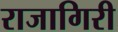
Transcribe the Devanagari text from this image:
राजागिरी